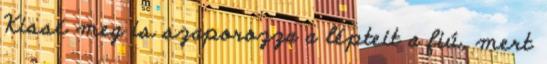
Kissé meg is szaporozza a lépteit a fiú, mert